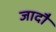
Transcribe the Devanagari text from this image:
जादौ